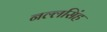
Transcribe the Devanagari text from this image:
नल्लसिंह